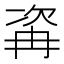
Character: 𣣀